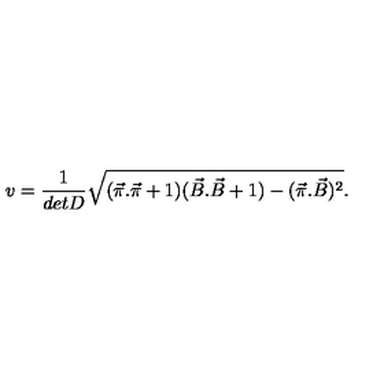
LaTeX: v = \frac { 1 } { d e t D } \sqrt { ( \vec { \pi } . \vec { \pi } + 1 ) ( \vec { B } . \vec { B } + 1 ) - ( \vec { \pi } . \vec { B } ) ^ { 2 } } .